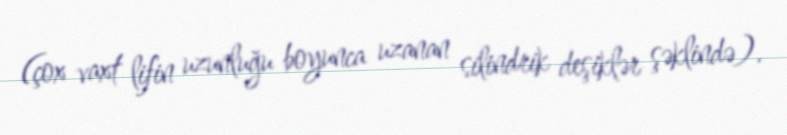
(çox vaxt lifin uzunluğu boyunca uzanan silindrik deşiklər şəklində).